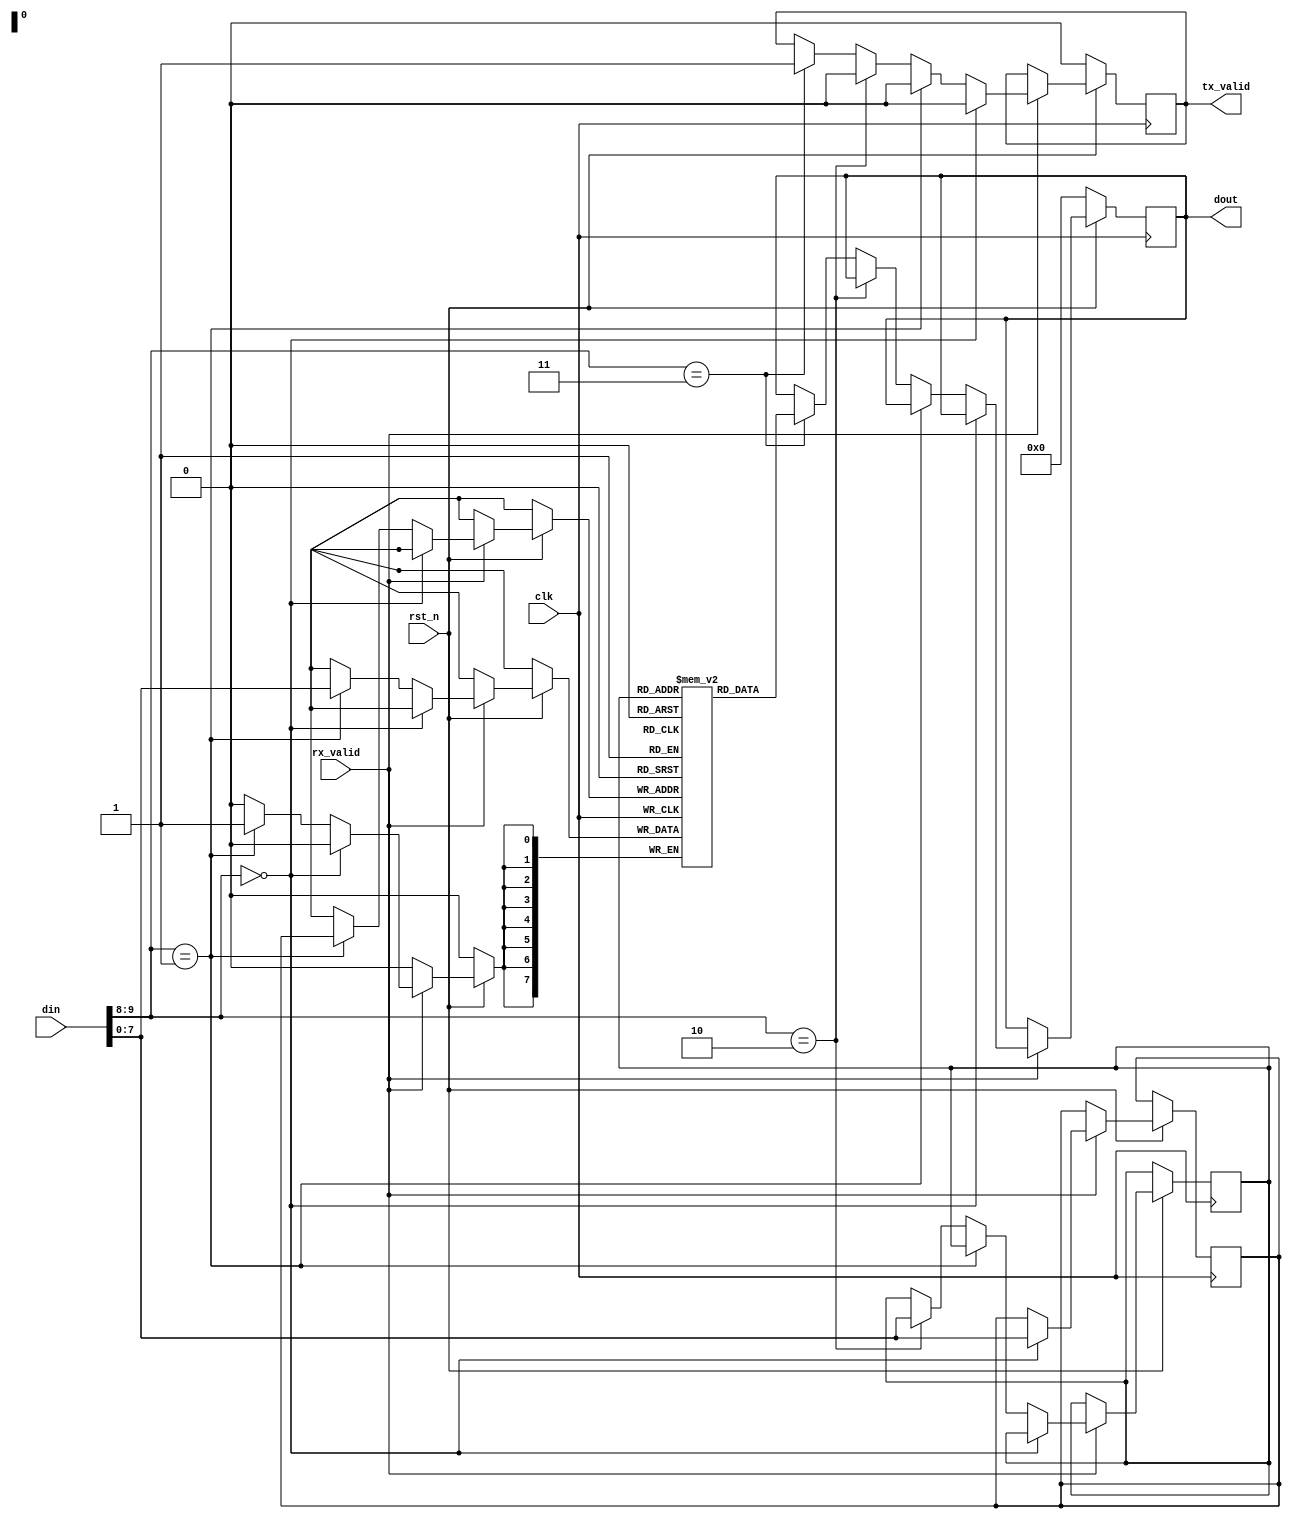
module RAM #(
    parameter MEM_DEPTH = 256,
    parameter ADDR_SIZE = 8
)(
    input clk, rst_n,
    input [ADDR_SIZE+1:0] din,
    input rx_valid,

    output reg [ADDR_SIZE-1:0]dout,
    output reg tx_valid
);
    reg [ADDR_SIZE-1:0]w_addr, r_addr;
    reg [ADDR_SIZE-1:0] ram [MEM_DEPTH-1:0];

    always @(posedge clk) begin
        if (~rst_n) begin
            dout <= 0;
            tx_valid <= 0;
        end else if (rx_valid) begin
            if (din[ADDR_SIZE+1:ADDR_SIZE] == 2'b00) begin
                // Write addres
                w_addr <= din[ADDR_SIZE-1:0];
                tx_valid <= 0;
            end else if (din[ADDR_SIZE+1:ADDR_SIZE]==2'b01) begin
                // Write data
                ram[w_addr] <= din[ADDR_SIZE-1:0];
                tx_valid <= 0;
            end else if (din[ADDR_SIZE+1:ADDR_SIZE]==2'b10) begin
                // Read addres
                r_addr <= din[ADDR_SIZE-1:0];
                tx_valid <= 0;
            end else if (din[ADDR_SIZE+1:ADDR_SIZE]==2'b11) begin
                // Read data
                dout <= ram[r_addr];
                tx_valid <= 1;
            end
        end 
    end
endmodule